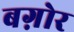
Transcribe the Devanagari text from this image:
बग़ोर